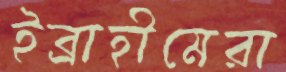
ইব্রাহীমেরা